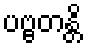
ပဗ္ဗတန္တိ